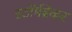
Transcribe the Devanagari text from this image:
स्टॉर्मब्रेकर